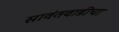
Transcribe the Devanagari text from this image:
सावंतवाडीचा